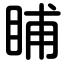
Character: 䀯